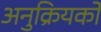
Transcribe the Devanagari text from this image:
अनुक्रियकों